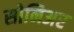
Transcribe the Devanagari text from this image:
सोनिअर